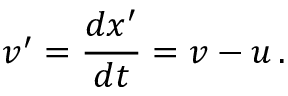
v ^ { \prime } = { \frac { d x ^ { \prime } } { d t } } = v - u \, .